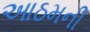
આઠમની